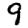
Digit: 9